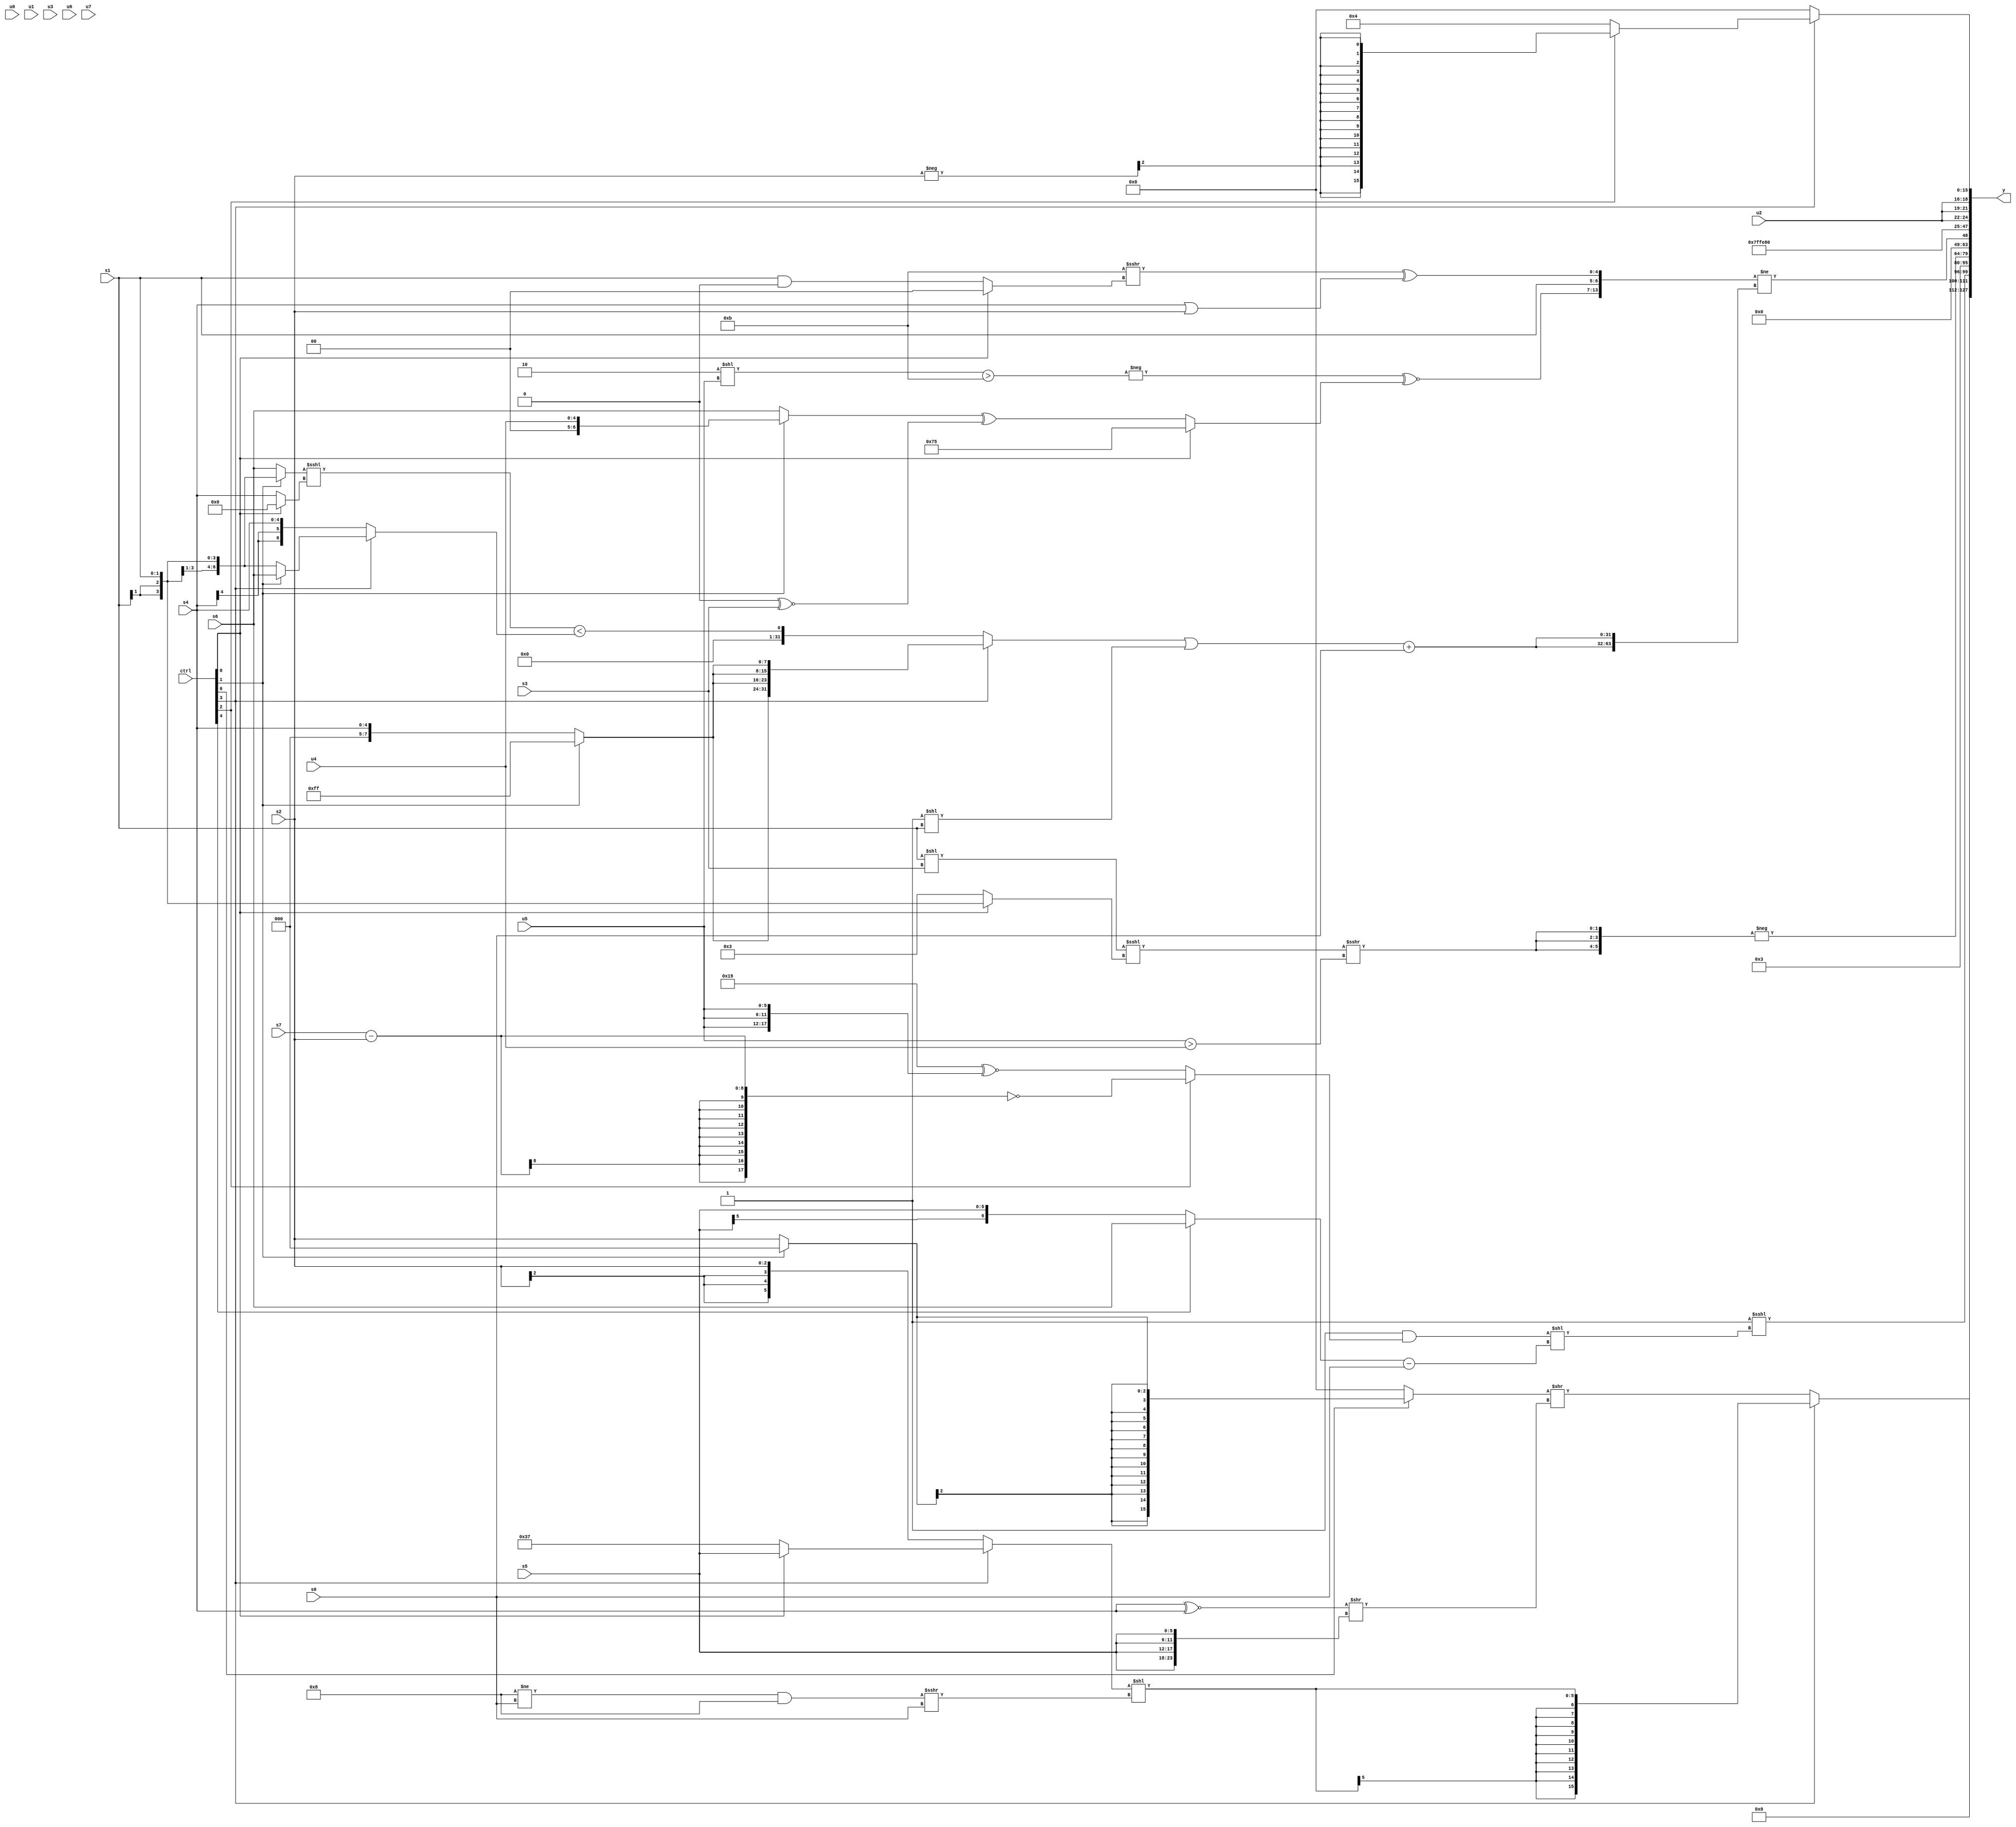
module wideexpr_00506(ctrl, u0, u1, u2, u3, u4, u5, u6, u7, s0, s1, s2, s3, s4, s5, s6, s7, y);
  input [7:0] ctrl;
  input [0:0] u0;
  input [1:0] u1;
  input [2:0] u2;
  input [3:0] u3;
  input [4:0] u4;
  input [5:0] u5;
  input [6:0] u6;
  input [7:0] u7;
  input signed [0:0] s0;
  input signed [1:0] s1;
  input signed [2:0] s2;
  input signed [3:0] s3;
  input signed [4:0] s4;
  input signed [5:0] s5;
  input signed [6:0] s6;
  input signed [7:0] s7;
  output [127:0] y;
  wire [15:0] y0;
  wire [15:0] y1;
  wire [15:0] y2;
  wire [15:0] y3;
  wire [15:0] y4;
  wire [15:0] y5;
  wire [15:0] y6;
  wire [15:0] y7;
  assign y = {y0,y1,y2,y3,y4,y5,y6,y7};
  assign y0 = (ctrl[3]?$signed(((ctrl[3]?$signed((ctrl[0]?s5:6'sb110111)):s2))<<((((4'sb1000)!=(s0))&($unsigned(4'sb1000)))>>>($signed(+(s0))))):((ctrl[6]?$signed($unsigned((ctrl[1]?1'sb0:s2))):1'sb0))>>(((s4)^~(s4))>>({4{s5}})));
  assign y1 = $unsigned((4'sb1111)<<<((({(|(2'sb10))<=(6'sb100111)})&((ctrl[2]?~((s7)-(s2)):((2'sb01)^(5'sb11000))^~({3{u5}}))))<<(($signed((ctrl[4]?s6:s5)))-(s0))));
  assign y2 = 2'b11;
  assign y3 = +(-({3{(+(((s1)<<(s3))<<<((ctrl[0]?s1:4'sb0011))))>>>((u5)>(u4))}}));
  assign y4 = ({{+((-((+((4'sb1110)<<(u5)))>(4'sb1011)))^~((ctrl[0]?-(6'sb001011):((ctrl[1]?+(u4):s6))^(((ctrl[4]?1'sb0:2'sb00))^~(s3))))),s1},((4'sb1011)>>>((ctrl[0]?1'sb0:(s1)&(-(1'sb0)))))^((s4)|(s2))})!=({2{($signed(((ctrl[3]?{4{(ctrl[1]?{2{4'sb1111}}:{s4})}}:(((ctrl[1]?s1:s6))<<<((ctrl[0]?2'sb00:s4)))<((ctrl[3]?(ctrl[1]?s6:s1):$signed(s4)))))|(({$unsigned((6'b111100)>(5'b10010))})<<(s1))))+(s0)}});
  assign y5 = 4'sb1101;
  assign y6 = {3{u2}};
  assign y7 = (ctrl[3]?(ctrl[2]?($signed(-(s2)))>>>(({{6'sb111110},$signed(4'sb1100),$signed(u0)})>>>(-(3'sb010))):4'sb0100):1'sb0);
endmodule